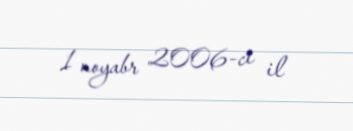
1 noyabr 2006-ci il